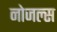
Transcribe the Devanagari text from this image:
नोजल्स